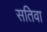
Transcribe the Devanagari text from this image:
सतिवा